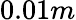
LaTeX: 0.01m